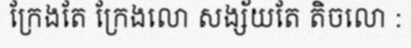
ក្រែងតែ ក្រែងលោ សង្ស័យតែ តិចលោ :